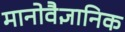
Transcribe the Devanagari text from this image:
मानोवैज्ञानिक